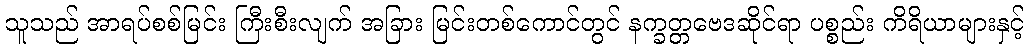
သူသည် အာရပ်စစ်မြင်း ကြီးစီးလျက် အခြား မြင်းတစ်ကောင်တွင် နက္ခတ္တဗေဒဆိုင်ရာ ပစ္စည်း ကိရိယာများနှင့်